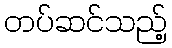
တပ်ဆင်သည့်